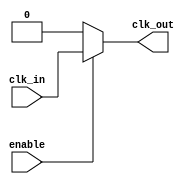
module ClockTreeBuffer (
    input wire clk_in,           // Input clock signal
    input wire enable,           // Enable signal for clock gating
    output wire clk_out          // Output clock signal
);

    // Parameters for buffer sizes and number of branches
    parameter NUM_BRANCHES = 4; // Number of branches in the clock tree
    parameter BUFFER_SIZE = 2;    // Buffer size (drive strength)

    // Internal signals
    wire [NUM_BRANCHES-1:0] clk_buf; // Buffer outputs for branches
    wire clk_gated;                   // Gated clock signal

    // Input Buffer Stage
    wire clk_buffered;
    // Simple buffer implementation (can be replaced with a specific buffer cell)
    assign clk_buffered = clk_in; // Placeholder for actual buffering logic

    // Clock Gating Logic
    assign clk_gated = enable ? clk_buffered : 1'b0;

    // Tree Structure Implementation
    genvar i;
    generate
        for (i = 0; i < NUM_BRANCHES; i = i + 1) begin : clock_branch
            // Buffer stage for each branch
            // Simple buffer implementation (can be replaced with a specific buffer cell)
            assign clk_buf[i] = clk_gated; // Placeholder for actual buffering logic
        end
    endgenerate

    // Output Clock Signal
    // Combine outputs from all branches
    // This can be done using an OR gate or other logic as needed
    assign clk_out = |clk_buf; // ORing the buffered branches for output

endmodule